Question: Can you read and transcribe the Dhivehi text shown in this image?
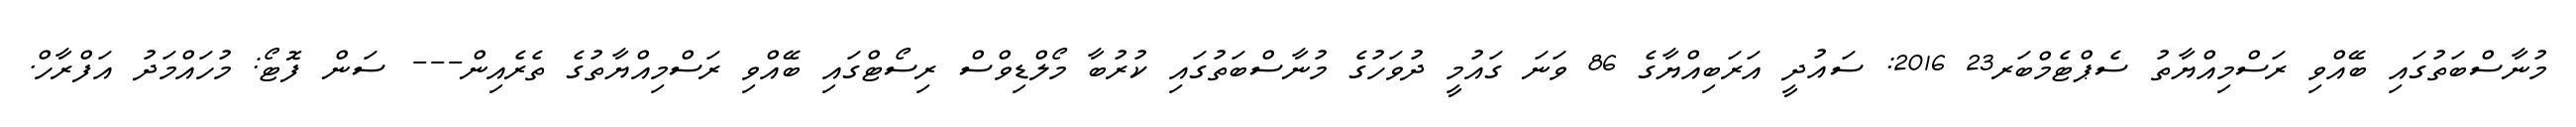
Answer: މުނާސްބަތުގައި ބޭއްވި ރަސްމިއްޔާތު ސެޕްޓެމްބަރ23 2016: ސައުދީ އަރަބިއްޔާގެ 86 ވަނަ ގައުމީ ދުވަހުގެ މުނާސްބަތުގައި ކުރުބާ މޯލްޑިވްސް ރިސޯޓްގައި ބޭއްވި ރަސްމިއްޔާތުގެ ތެރެއިން--- ސަން ފޮޓޯ: މުހައްމަދު އަފްރާހް.